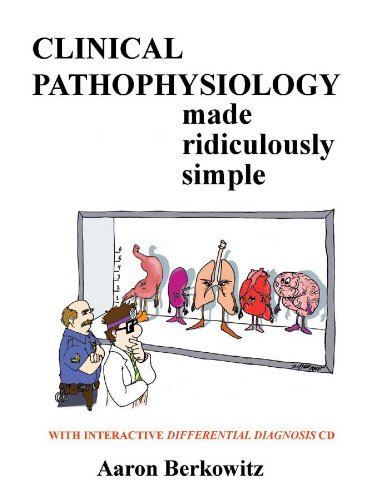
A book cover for Clinical Pathophysiology Made Ridiculously Simple; Aaron Berkowitz; Medical Books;